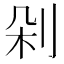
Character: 剁